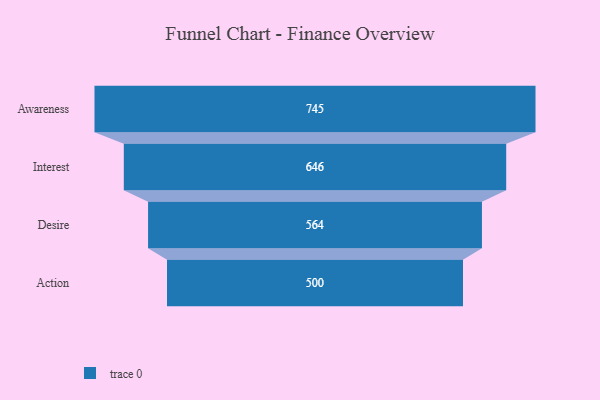
{"axis": {"x": "Stage", "y": "Value"}, "legend": [""], "data": [{"x": "Awareness", "y": 745.0, "type": ""}, {"x": "Interest", "y": 646.0, "type": ""}, {"x": "Desire", "y": 564.0, "type": ""}, {"x": "Action", "y": 500, "type": ""}]}